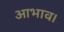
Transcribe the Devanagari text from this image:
आभाव।